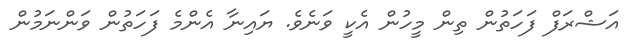
އަޝްރަފް ފަހަތުން ތިން މީހުން އެކީ ވަނެވެ. ޔައިނާ އެންމެ ފަހަތުން ވަންނަމުން